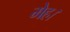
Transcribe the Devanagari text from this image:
मेह।